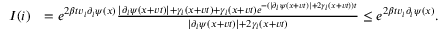
\begin{array} { r l } { I ( i ) } & { = e ^ { 2 \beta t v _ { i } \partial _ { i } \psi ( x ) } \frac { \lvert \partial _ { i } \psi ( x + v t ) \rvert + \gamma _ { i } ( x + v t ) + \gamma _ { i } ( x + v t ) e ^ { - ( \lvert \partial _ { i } \psi ( x + v t ) \rvert + 2 \gamma _ { i } ( x + v t ) ) t } } { \lvert \partial _ { i } \psi ( x + v t ) \rvert + 2 \gamma _ { i } ( x + v t ) } \leq e ^ { 2 \beta t v _ { i } \partial _ { i } \psi ( x ) } . } \end{array}